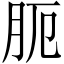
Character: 𦙜